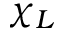
\chi _ { L }